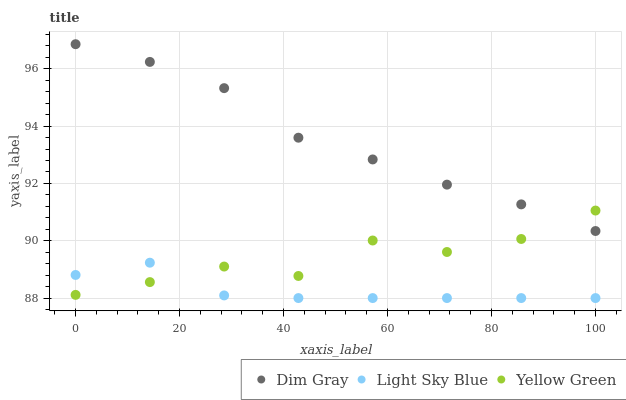
| xaxis_label | Dim Gray | Light Sky Blue | Yellow Green |
 | --- | --- | --- | --- |
 | 0 | 96.9 | 88.8 | 88.1 |
 | 14.3 | 96.2 | 89.2 | 88.6 |
 | 28.6 | 95.3 | 88.1 | 89.1 |
 | 42.9 | 93.6 | 88 | 88.8 |
 | 57.1 | 92.8 | 88 | 90 |
 | 71.4 | 92 | 88 | 89.6 |
 | 85.7 | 91.3 | 88 | 90.1 |
 | 100 | 90.3 | 88 | 91.1 |